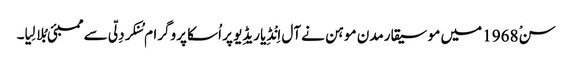
سنْ 1968 میں موسیقارمدن موہن نے آل اِنْڈِیا ریڈِیو پر اُسکا پروگرام سُنکر دِلّی سے ممبئی بُلا لِیا۔